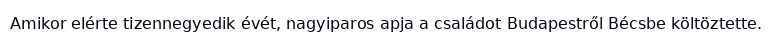
Amikor elérte tizennegyedik évét, nagyiparos apja a családot Budapestről Bécsbe költöztette.